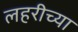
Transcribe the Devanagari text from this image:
लहरीच्या